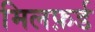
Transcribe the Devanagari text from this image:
मिलफ़र्ड